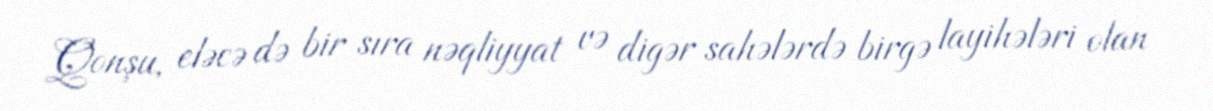
Qonşu, eləcə də bir sıra nəqliyyat və digər sahələrdə birgə layihələri olan